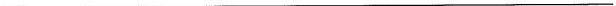
___